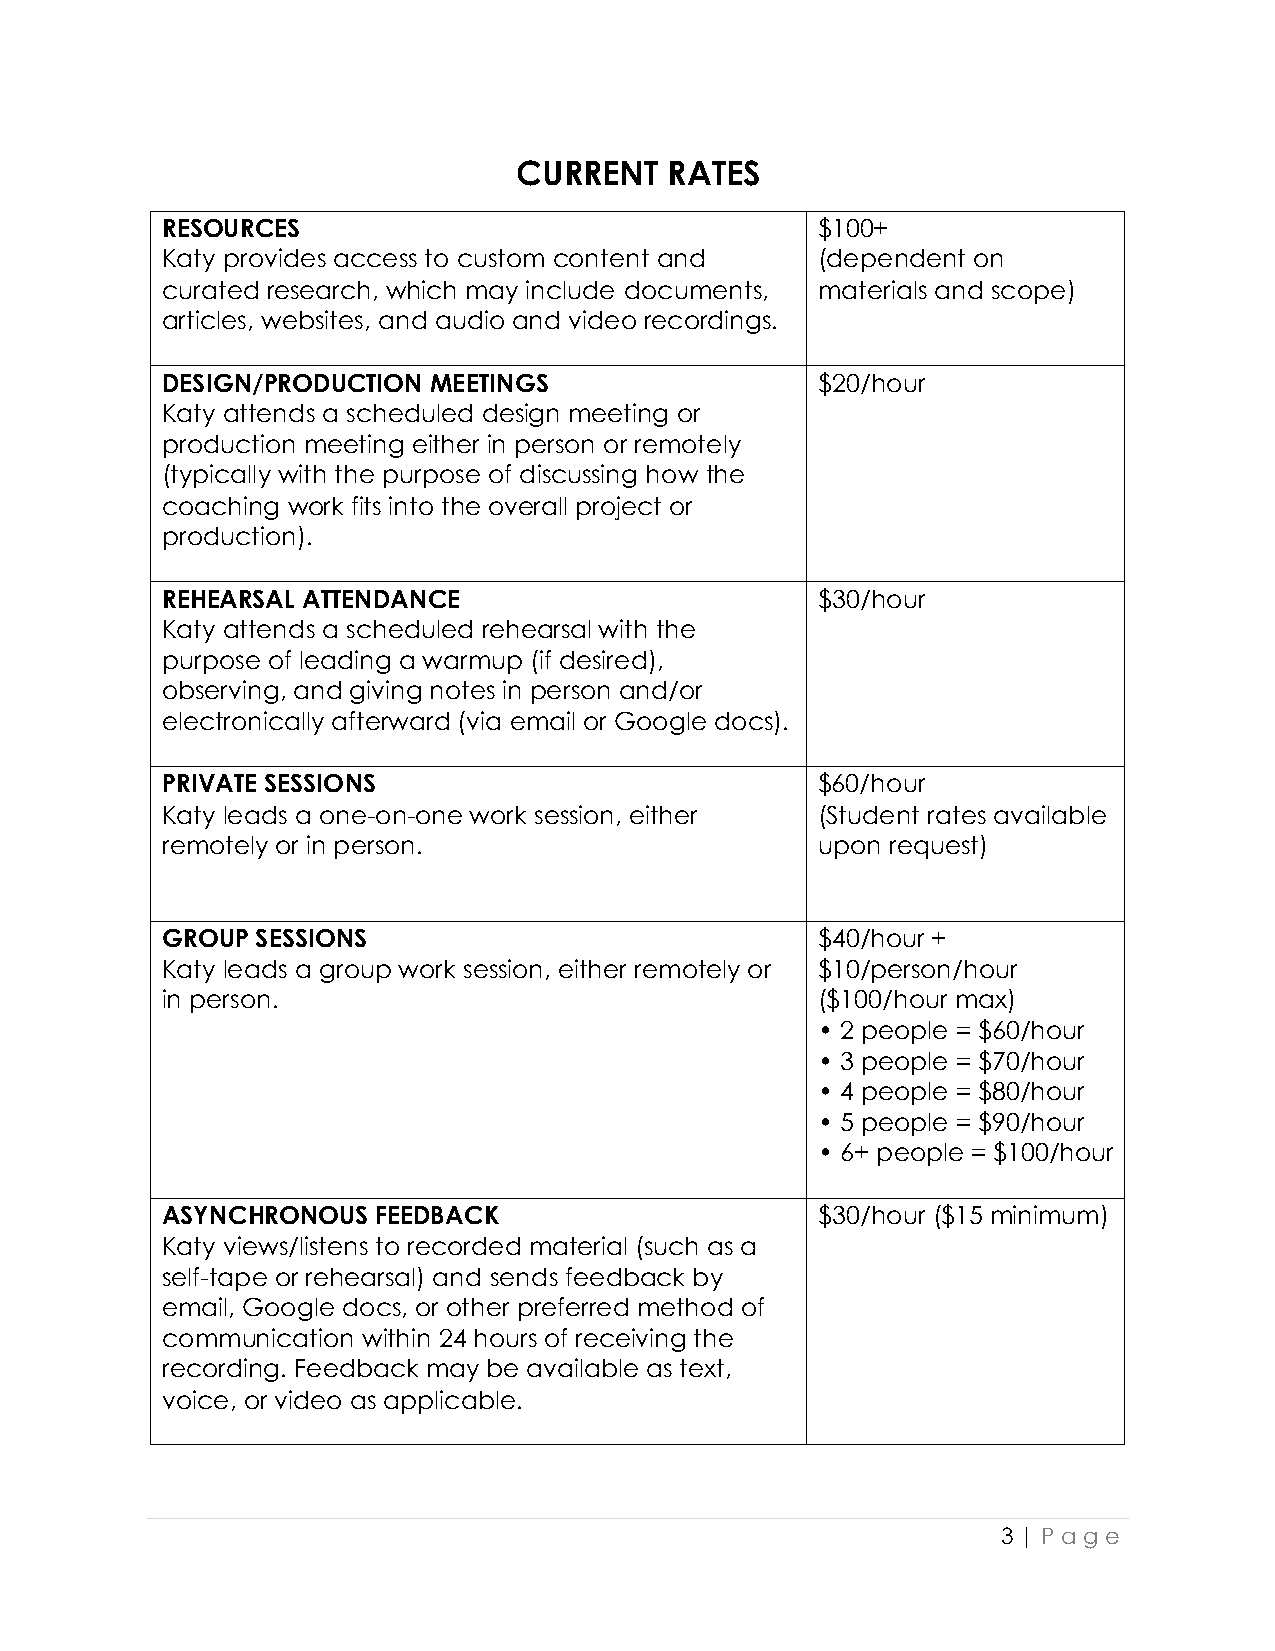
CURRENT   RATES
 RESOURCES                                  $100+
 Katy provides access to custom content and (dependent on
 curated research, which may include documents, materials and scope)
 articles, websites, and audio and video recordings.
 DESIGN/PRODUCTION MEETINGS                 $20/hour
 Katy attends a scheduled design meeting or
 production meeting either in person or remotely
 (typically with the purpose of discussing how the
 coaching work fits into the overall project or
 production).
 REHEARSAL ATTENDANCE                       $30/hour
 Katy attends a scheduled rehearsal with the
 purpose of leading a warmup (if desired),
 observing, and giving notes in person and/or
 electronically afterward (via email or Google docs).
 PRIVATE SESSIONS                           $60/hour
 Katy leads a one-on-one work session, either (Student rates available
 remotely or in person.                     upon request)
 GROUP SESSIONS                             $40/hour +
 Katy leads a group work session, either remotely or $10/person/hour
 in person.                                 ($100/hour max)
 • 2 people = $60/hour
 • 3 people = $70/hour
 • 4 people = $80/hour
 • 5 people = $90/hour
 • 6+ people = $100/hour
 ASYNCHRONOUS  FEEDBACK                     $30/hour ($15 minimum)
 Katy views/listens to recorded material (such as a
 self-tape or rehearsal) and sends feedback by
 email, Google docs, or other preferred method of
 communication within 24 hours of receiving the
 recording. Feedback may be available as text,
 voice, or video as applicable.
 3 | Pa g e